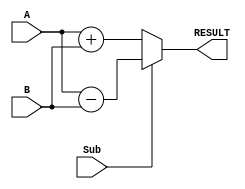
module opr_ADD_SUB(
	input 	[7:0] A, B,
	input	Sub,
	output	reg	[7:0] RESULT
);

	always @ (Sub, A, B)
	begin
		if(Sub)	RESULT = A - B;
		else	RESULT = A + B;
	end
	
endmodule